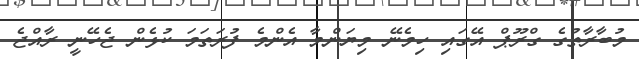
މުބާރާތުގެ ގްރޫޕް އޭގައި ހިމެނޭ މިޔަންމާ އެންމެ ފުރަތަމަ ކުޅެން ޖެހޭނީ ރާއްޖެ